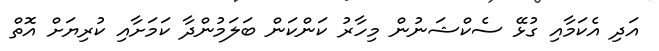
އަދި އެކަމާއި ގުޅޭ ސެކްޝަނުން މިހާރު ކަންކަން ބަލަމުންދާ ކަމަށާއި ކުރިޔަށް އޮތް